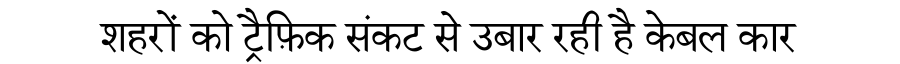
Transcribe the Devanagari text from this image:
शहरों को ट्रैफ़िक संकट से उबार रही है केबल कार